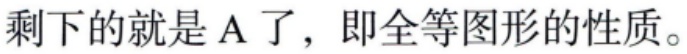
剩下的就是A了，即全等图形的性质。